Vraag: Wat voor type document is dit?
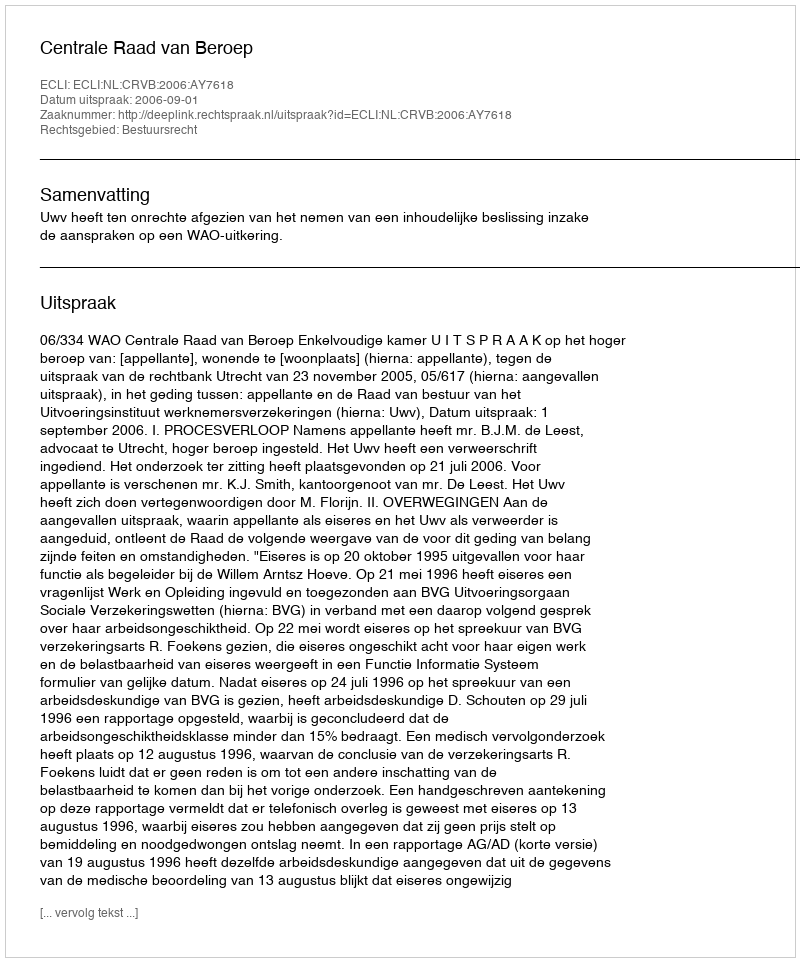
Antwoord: Uitspraak